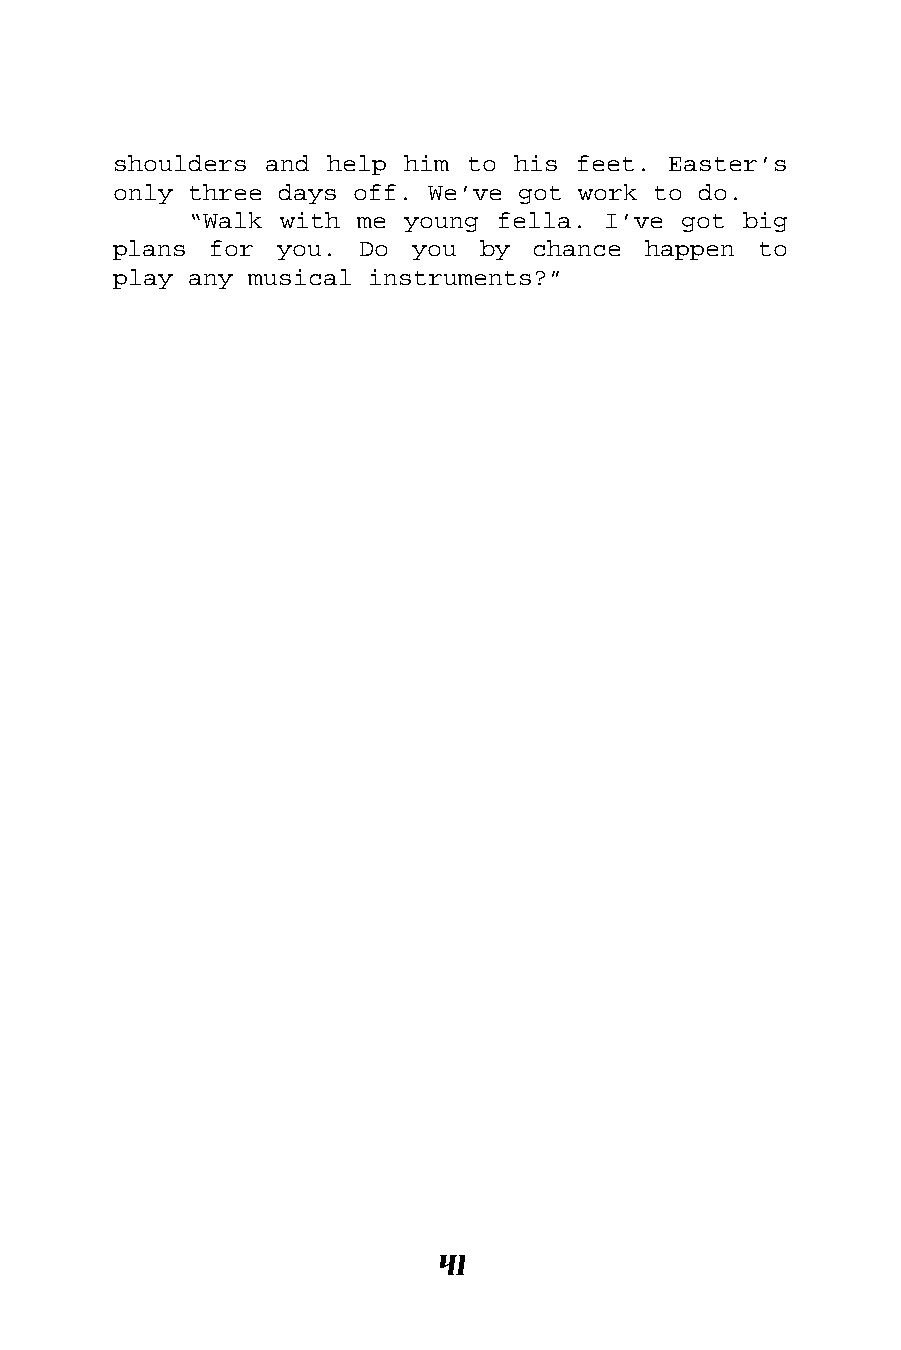
shoulders and help him to his feet.  Easter’s
 only three days off. We’ve got work to do.
 “Walk with me young fella. I’ve got  big
 plans for  you. Do  you by  chance happen  to
 play any musical instruments?”
 41